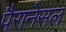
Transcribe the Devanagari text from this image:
पैरानेसल